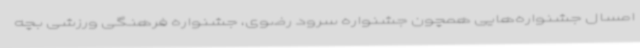
امسال جشنواره‌هایی همچون جشنواره سرود رضوی، جشنواره فرهنگی ورزشی بچه